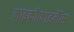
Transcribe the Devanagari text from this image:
माइक्रोफाइनैंस